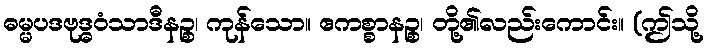
ဓမ္မပဒဗုဒ္ဓဝံသာဒီနဉ္စ၊ ကုန်သော။ ဧကစ္စာနဉ္စ၊ တို့၏လည်းကောင်း။ (ဤသို့